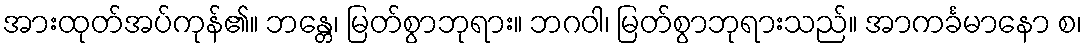
အားထုတ်အပ်ကုန်၏။ ဘန္တေ၊ မြတ်စွာဘုရား။ ဘဂဝါ၊ မြတ်စွာဘုရားသည်။ အာကင်္ခမာနော စ၊